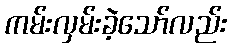
ကမ်းလှမ်းခဲ့သော်လည်း